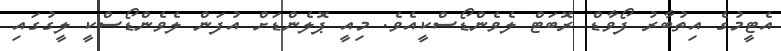
އެޓީމުގެ އިތުބާރު ފޯވާޑް ރޮބަޓް ލެވެންޑޯސްކީއެވެ. މިއީ ޕޮޮލެންޑަށް އުފަން ލެވެންޑޯސްކީ ލީގުގައި